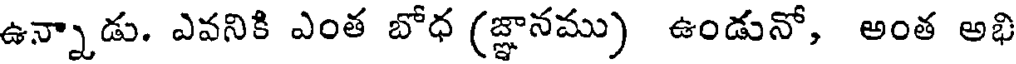
ఉన్నాడు. ఎవనికి ఎంత బోధ (జ్ఞానము) ఉండునో, అంత అభి